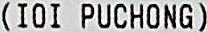
(IOI PUCHONG)